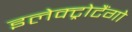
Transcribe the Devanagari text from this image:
इलेक्ट्रोटैंगो